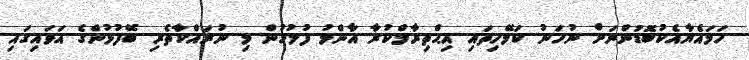
ހަމައެޔާއެކުބޮޑުންނަށް ނުހަނު ކަމޭހިތައި އިޙްތިރާމްކުރާ އާންމު ފުލުހުން މި ނުރައްކާތެރި ބޭފުޅުންގެ އަވައިގައި